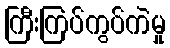
ကြီးကြပ်ကွပ်ကဲမှု